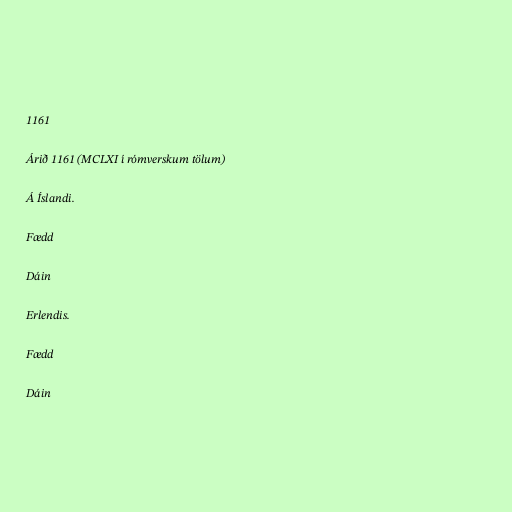
1161

Árið 1161 (MCLXI í rómverskum tölum)

Á Íslandi.

Fædd

Dáin

Erlendis.

Fædd

Dáin